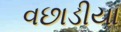
વછાડીયા